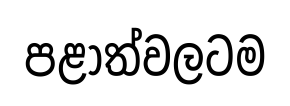
පළාත්වලටම